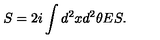
S = 2 i \int d ^ { 2 } x d ^ { 2 } \theta E S .